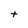
Character: t